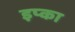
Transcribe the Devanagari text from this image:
इप्का